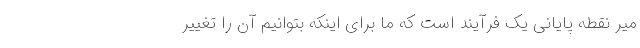
میر نقطه پایانی یک فرآیند است که ما برای اینکه بتوانیم آن را تغییر